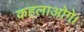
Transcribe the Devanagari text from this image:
कहलाओगे।